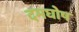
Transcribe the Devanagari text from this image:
दमघोष